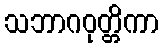
သဘာဂဝုတ္တိကာ